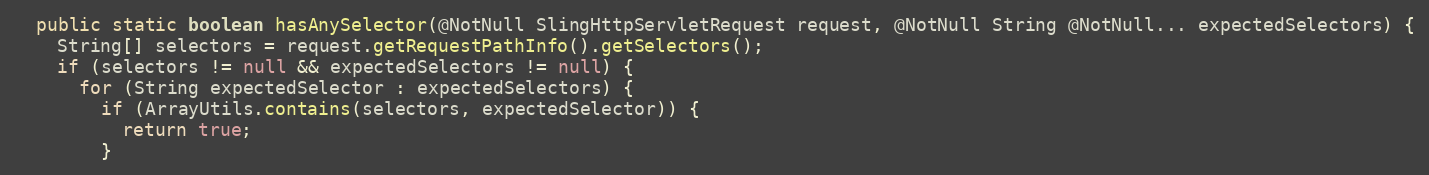
Language: Java
  public static boolean hasAnySelector(@NotNull SlingHttpServletRequest request, @NotNull String @NotNull... expectedSelectors) {
    String[] selectors = request.getRequestPathInfo().getSelectors();
    if (selectors != null && expectedSelectors != null) {
      for (String expectedSelector : expectedSelectors) {
        if (ArrayUtils.contains(selectors, expectedSelector)) {
          return true;
        }